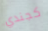
كجندي